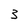
Character: 3